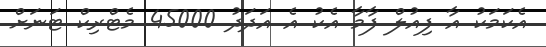
އެކަމަކު އާ ފިއުލް ފާމާ އެކު އެ އަދަދު 45000 މެޓްރިކް ޓަނަށް